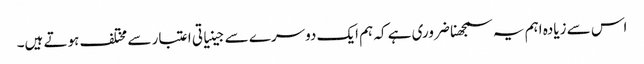
اس سے زیادہ اہم یہ سمجھنا ضروری ہے کہ ہم ایک دوسرے سے جینیاتی اعتبار سے مختلف ہوتے ہیں۔